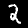
Digit: 2